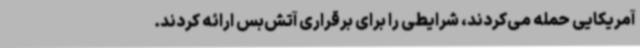
آمریکایی حمله می‌کردند، شرایطی را برای برقراری آتش‌بس ارائه کردند.